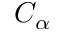
C _ { \alpha }